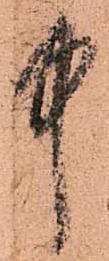
中